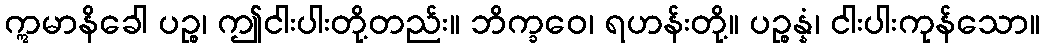
ဣမာနိခေါ ပဉ္စ၊ ဤငါးပါးတို့တည်း။ ဘိက္ခဝေ၊ ရဟန်းတို့။ ပဉ္စန္နံ၊ ငါးပါးကုန်သော။